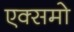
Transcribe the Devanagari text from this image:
एक्समो